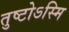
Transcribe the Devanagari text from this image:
तुष्टोऽस्मि